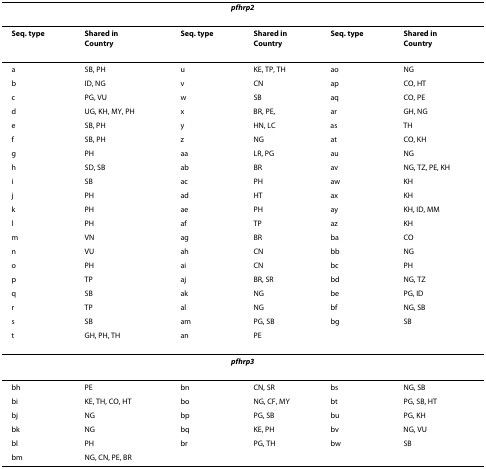
| <COLSPAN=6> pfhrp2 |
 | --- | --- | --- | --- | --- | --- |
 | Seq. type | Shared inCountry | Seq. type | Shared inCountry | Seq. type | Shared inCountry |
 | a | SB, PH | u | KE, TP, TH | ao | NG |
 | b | ID, NG | v | CN | ap | CO, HT |
 | c | PG, VU | w | SB | aq | CO, PE |
 | d | UG, KH, MY, PH | x | BR, PE, | ar | GH, NG |
 | e | SB, PH | y | HN, LC | as | TH |
 | f | SB, PH | z | NG | at | CO, KH |
 | g | PH | aa | LR, PG | au | NG |
 | h | SD, SB | ab | BR | av | NG, TZ, PE, KH |
 | i | SB | ac | PH | aw | KH |
 | j | PH | ad | HT | ax | KH |
 | k | PH | ae | PH | ay | KH, ID, MM |
 | l | PH | af | TP | az | KH |
 | m | VN | ag | BR | ba | CO |
 | n | VU | ah | CN | bb | NG |
 | o | PH | ai | CN | bc | PH |
 | p | TP | aj | BR, SR | bd | NG, TZ |
 | q | SB | ak | NG | be | PG, ID |
 | r | TP | al | NG | bf | NG, SB |
 | s | SB | am | PG, SB | bg | SB |
 | t | GH, PH, TH | an | PE |  |  |
 | <COLSPAN=6> pfhrp3 |
 | bh | PE | bn | CN, SR | bs | NG, SB |
 | bi | KE, TH, CO, HT | bo | NG, CF, MY | bt | PG, SB, HT |
 | bj | NG | bp | PG, SB | bu | PG, KH |
 | bk | NG | bq | KE, PH | bv | NG, VU |
 | bl | PH | br | PG, TH | bw | SB |
 | bm | NG, CN, PE, BR |  |  |  |  |